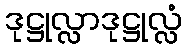
ဒုဋ္ဌုလ္လာဒုဋ္ဌုလ္လံ